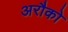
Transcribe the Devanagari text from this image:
अरौको